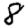
Digit: 8